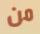
من